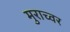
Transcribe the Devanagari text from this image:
मुराच्वर